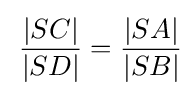
\,{\frac {|SC|}{|SD|}}={\frac {|SA|}{|SB|}}